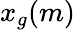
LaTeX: x_{g}(m)